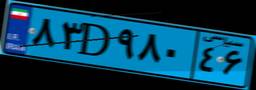
۴۱D۰۲۸۶۷